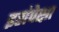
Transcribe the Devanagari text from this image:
इरांपेक्षा